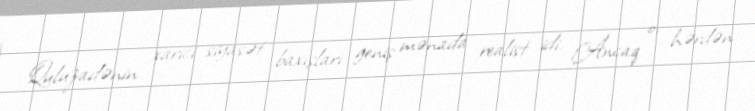
Quluzadənin xarici siyasət baxışları geniş mənada realist idi. Ancaq o, hərdən